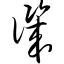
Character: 讥